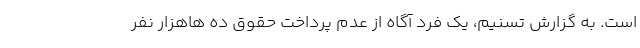
است. به گزارش تسنیم، یک فرد آگاه از عدم پرداخت حقوق ده هاهزار نفر